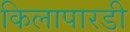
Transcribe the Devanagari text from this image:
किलापारडी